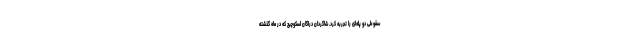
سقوطی دو پله‌ای را تجربه کرد. شاگردان دراگان اسکوچیچ که در ماه گذشته